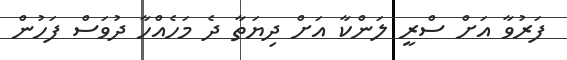
ފަރުވާ އަށް ސްރީ ލަންކާ އަށް ދިޔަތާ ދެ މަހެއްހާ ދުވަސް ފަހުން